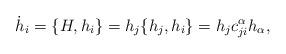
LaTeX: \begin{align*}\dot h_i = \{H,h_i\} = h_j\{h_j,h_i\} = h_j c_{ji}^\alpha h_\alpha,\end{align*}